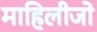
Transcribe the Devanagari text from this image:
माहिलीजो